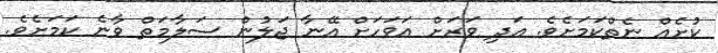
ކުށެއް ނެތްކަމަށެވެ. އަދި ވަރަށް އަވަހަށް އޭނާ ޖަލުން ސަލާމަތް ވާނެ ކަމަށެވެ.